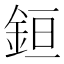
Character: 𰼧